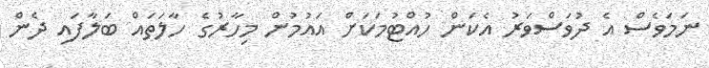
ނަމަވެސް އެ ދުވަސްވަރު އެކަން ހުއްޓުމަކަށް އައުމުން މިހާރުގެ ހާލަތައް ބަލާފައި ދެން